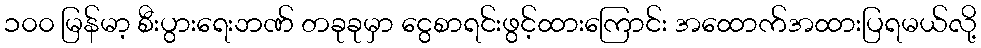
၁၀၀ မြန်မာ့ စီးပွားရေးဘဏ် တခုခုမှာ ငွေစာရင်းဖွင့်ထားကြောင်း အထောက်အထားပြရမယ်လို့